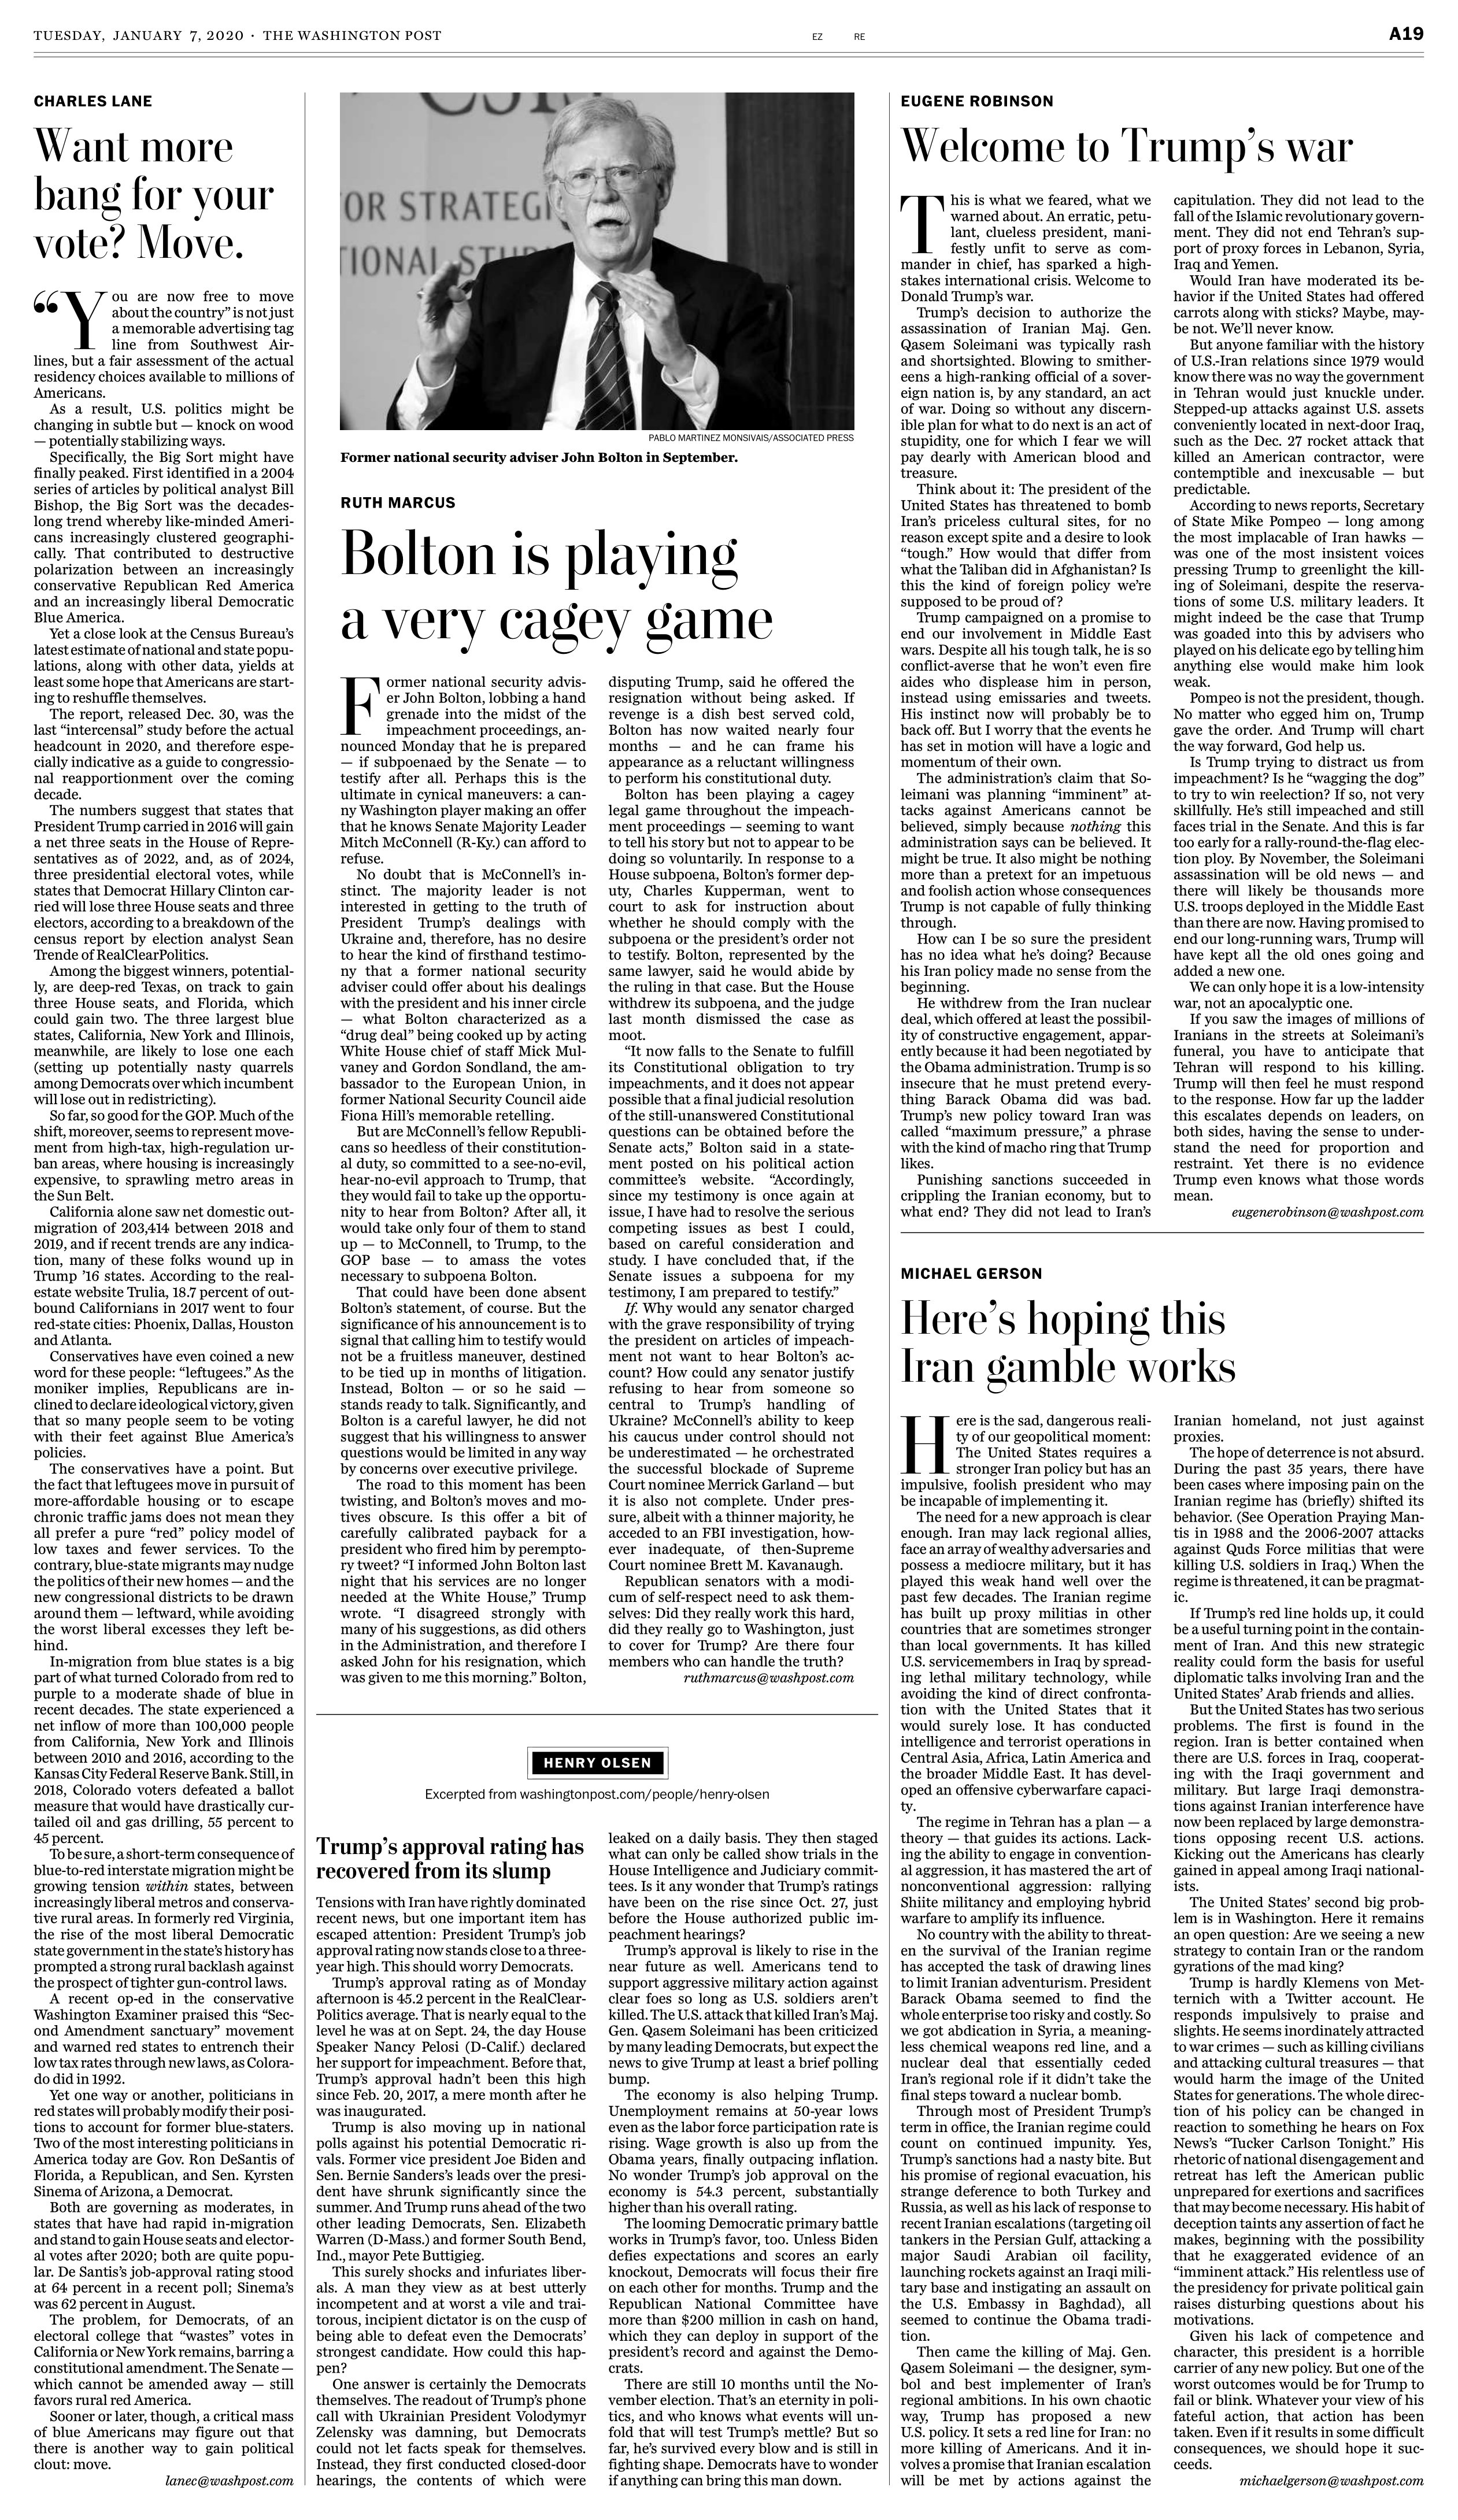
Language: en